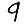
Digit: 9